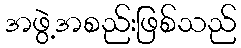
အဖွဲ့အစည်းဖြစ်သည်